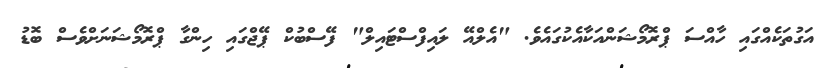
އަގުތަކެއްގައި ހާއްސަ ޕްރޮމޯޝަންއަކާއެކުގައެވެ. "އެލްއޭ ލައިފްސްޓައިލް" ފޭސްބުކް ޕޭޖްގައި ހިންގާ ޕްރޮމޯޝަނަށްވެސް ބޮޑު